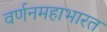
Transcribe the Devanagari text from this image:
वर्णनमहाभारत